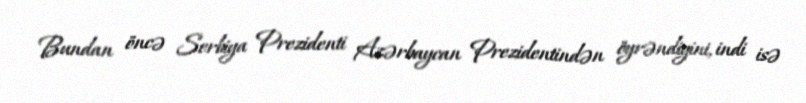
Bundan öncə Serbiya Prezidenti Azərbaycan Prezidentindən öyrəndiyini, indi isə